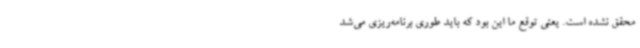
محقق نشده است. یعنی توقع ما این بود که باید طوری برنامه‌ریزی می‌شد